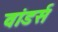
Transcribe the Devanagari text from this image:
वांडर्स